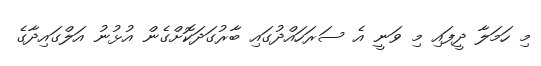
މި ހަމަލާ ދީފައި މި ވަނީ އެ ސަރަހައްދުގައި ބާރުގަދަކޮށްގެން އުޅުނު އަލްގައިދާގެ